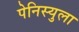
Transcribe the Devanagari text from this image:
पेनिस्युला